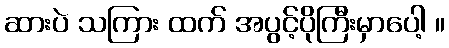
ဆားပဲ သကြား ထက် အပွင့်ပိုကြီးမှာပေါ့ ။